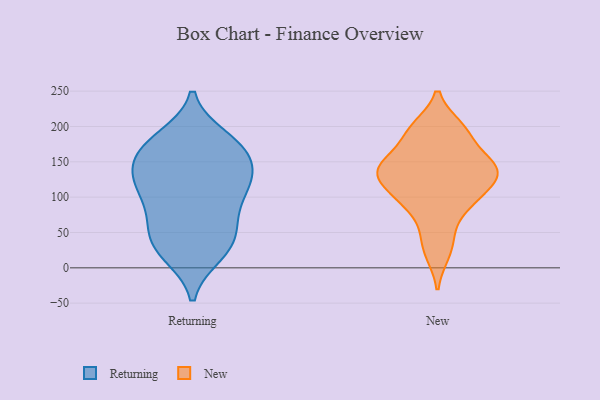
{"axis": {"x": "Gross Profit (USD K)", "y": "Value"}, "legend": ["New", "Returning"], "data": [{"x": "", "y": 121, "type": "Returning"}, {"x": "", "y": 183, "type": "Returning"}, {"x": "", "y": 165, "type": "Returning"}, {"x": "", "y": 174, "type": "Returning"}, {"x": "", "y": 172, "type": "Returning"}, {"x": "", "y": 80, "type": "Returning"}, {"x": "", "y": 20, "type": "Returning"}, {"x": "", "y": 123, "type": "Returning"}, {"x": "", "y": 114, "type": "Returning"}, {"x": "", "y": 144, "type": "Returning"}, {"x": "", "y": 61, "type": "Returning"}, {"x": "", "y": 26, "type": "Returning"}, {"x": "", "y": 37, "type": "Returning"}, {"x": "", "y": 32, "type": "Returning"}, {"x": "", "y": 113, "type": "Returning"}, {"x": "", "y": 127, "type": "Returning"}, {"x": "", "y": 69, "type": "Returning"}, {"x": "", "y": 166, "type": "Returning"}, {"x": "", "y": 138, "type": "New"}, {"x": "", "y": 21, "type": "New"}, {"x": "", "y": 136, "type": "New"}, {"x": "", "y": 198, "type": "New"}, {"x": "", "y": 154, "type": "New"}, {"x": "", "y": 122, "type": "New"}, {"x": "", "y": 193, "type": "New"}, {"x": "", "y": 191, "type": "New"}, {"x": "", "y": 96, "type": "New"}, {"x": "", "y": 98, "type": "New"}, {"x": "", "y": 47, "type": "New"}, {"x": "", "y": 149, "type": "New"}, {"x": "", "y": 133, "type": "New"}, {"x": "", "y": 89, "type": "New"}, {"x": "", "y": 137, "type": "New"}]}